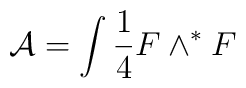
{\mathcal A}=\int \frac{1}{4} F\wedge ^* F